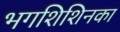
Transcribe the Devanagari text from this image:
भगशिशिनका